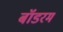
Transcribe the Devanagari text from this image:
बॉडरम